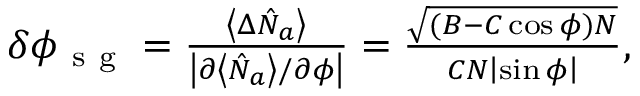
\begin{array} { r } { \delta \phi _ { \mathrm { ~ s ~ g ~ } } = \frac { \left\langle \Delta \hat { N } _ { a } \right\rangle } { \left\vert \partial \left\langle \hat { N } _ { a } \right\rangle / \partial \phi \right\vert } = \frac { \sqrt { ( B - C \cos \phi ) N } } { C N \left\vert \sin \phi \right\vert } , } \end{array}